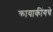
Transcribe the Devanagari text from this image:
कायाकींगचे